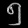
Digit: ၅